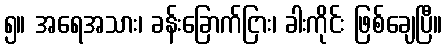
၅။ အရေအသား၊ ခန်းခြောက်ငြား၊ ခါးကိုင်း ဖြစ်ချေပြီ။